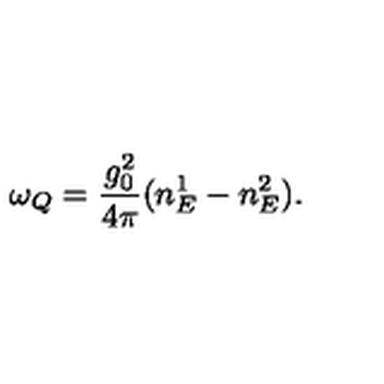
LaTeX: \omega _ { Q } = \frac { g _ { 0 } ^ { 2 } } { 4 \pi } ( n _ { E } ^ { 1 } - n _ { E } ^ { 2 } ) .